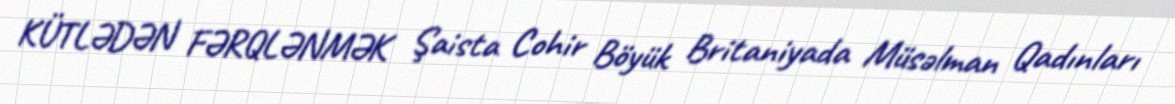
KÜTLƏDƏN FƏRQLƏNMƏK Şaista Cohir Böyük Britaniyada Müsəlman Qadınları